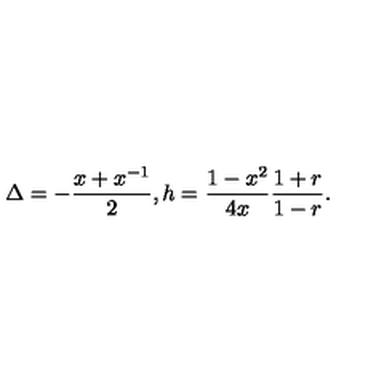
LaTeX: \Delta = - \frac { x + x ^ { - 1 } } { 2 } , h = \frac { 1 - x ^ { 2 } } { 4 x } \frac { 1 + r } { 1 - r } .